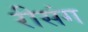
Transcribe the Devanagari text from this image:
रीसंग